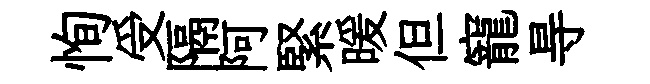
恂受隔阿緊暖但寵㝵